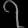
Digit: ၇